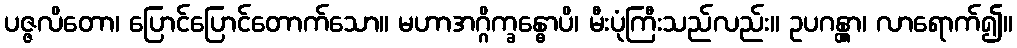
ပဇ္ဇလိတော၊ ပြောင်ပြောင်တောက်သော။ မဟာအဂ္ဂိက္ခန္ဓောပိ၊ မီးပုံကြီးသည်လည်း။ ဥပဂန္တွာ၊ လာရောက်၍။